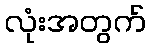
လုံးအတွက်